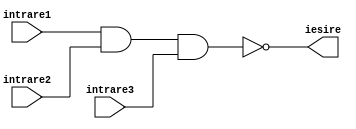
`timescale 1ns / 1ps
//////////////////////////////////////////////////////////////////////////////////
// Company: 
// Engineer: 
// 
// Design Name: 
// Module Name: NAND3
// Project Name: 
// Target Devices: 
// Tool Versions: 
// Description: 
// 
// Dependencies: 
// 
// Revision:
// Revision 0.01 - File Created
// Additional Comments:
// 
//////////////////////////////////////////////////////////////////////////////////


module NAND3(intrare1, intrare2, intrare3, iesire);
input intrare1, intrare2, intrare3;
output iesire;
assign iesire = ~(intrare1 & intrare2 & intrare3);
endmodule